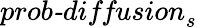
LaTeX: \textit{prob-diffusion}_{s}